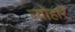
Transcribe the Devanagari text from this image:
त्योहारें